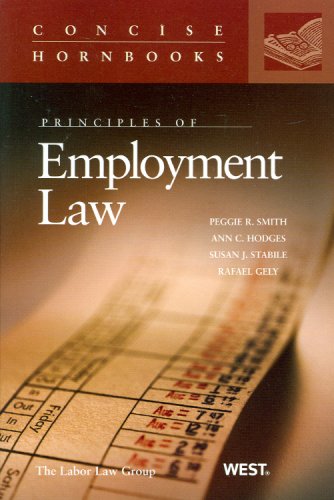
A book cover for Principles of Employment Law (Concise Hornbook Series); Peggie Smith; Law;